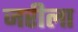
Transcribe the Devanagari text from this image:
जरीला